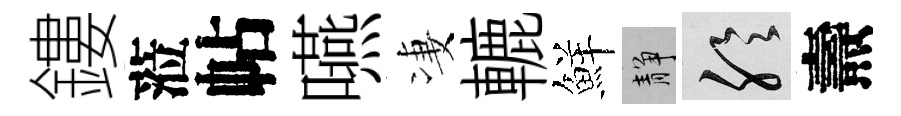
鏤蒞帖嚥凄轆鮮靜聆燾